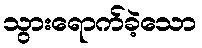
သွားရောက်ခဲ့သော